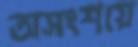
অসংশয়ে